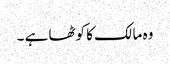
وہ مالک کا کوٹھا ہے ۔